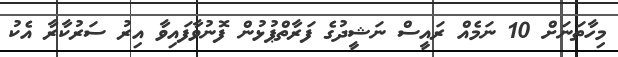
މިހާތަނަށް 10 ނަމެއް ރައީސް ނަޝީދުގެ ފަރާތްޕުޅުން ފޮނުވާފައިވާ އިރު ސަރުކާރާ އެކު